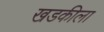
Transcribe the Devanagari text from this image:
खडकीला